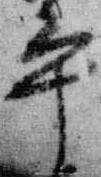
乎